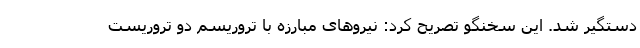
دستگیر شد. این سخنگو تصریح کرد: نیروهای مبارزه با تروریسم دو تروریست